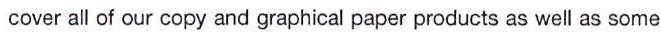
cover all of our copy and graphical paper products as well as some